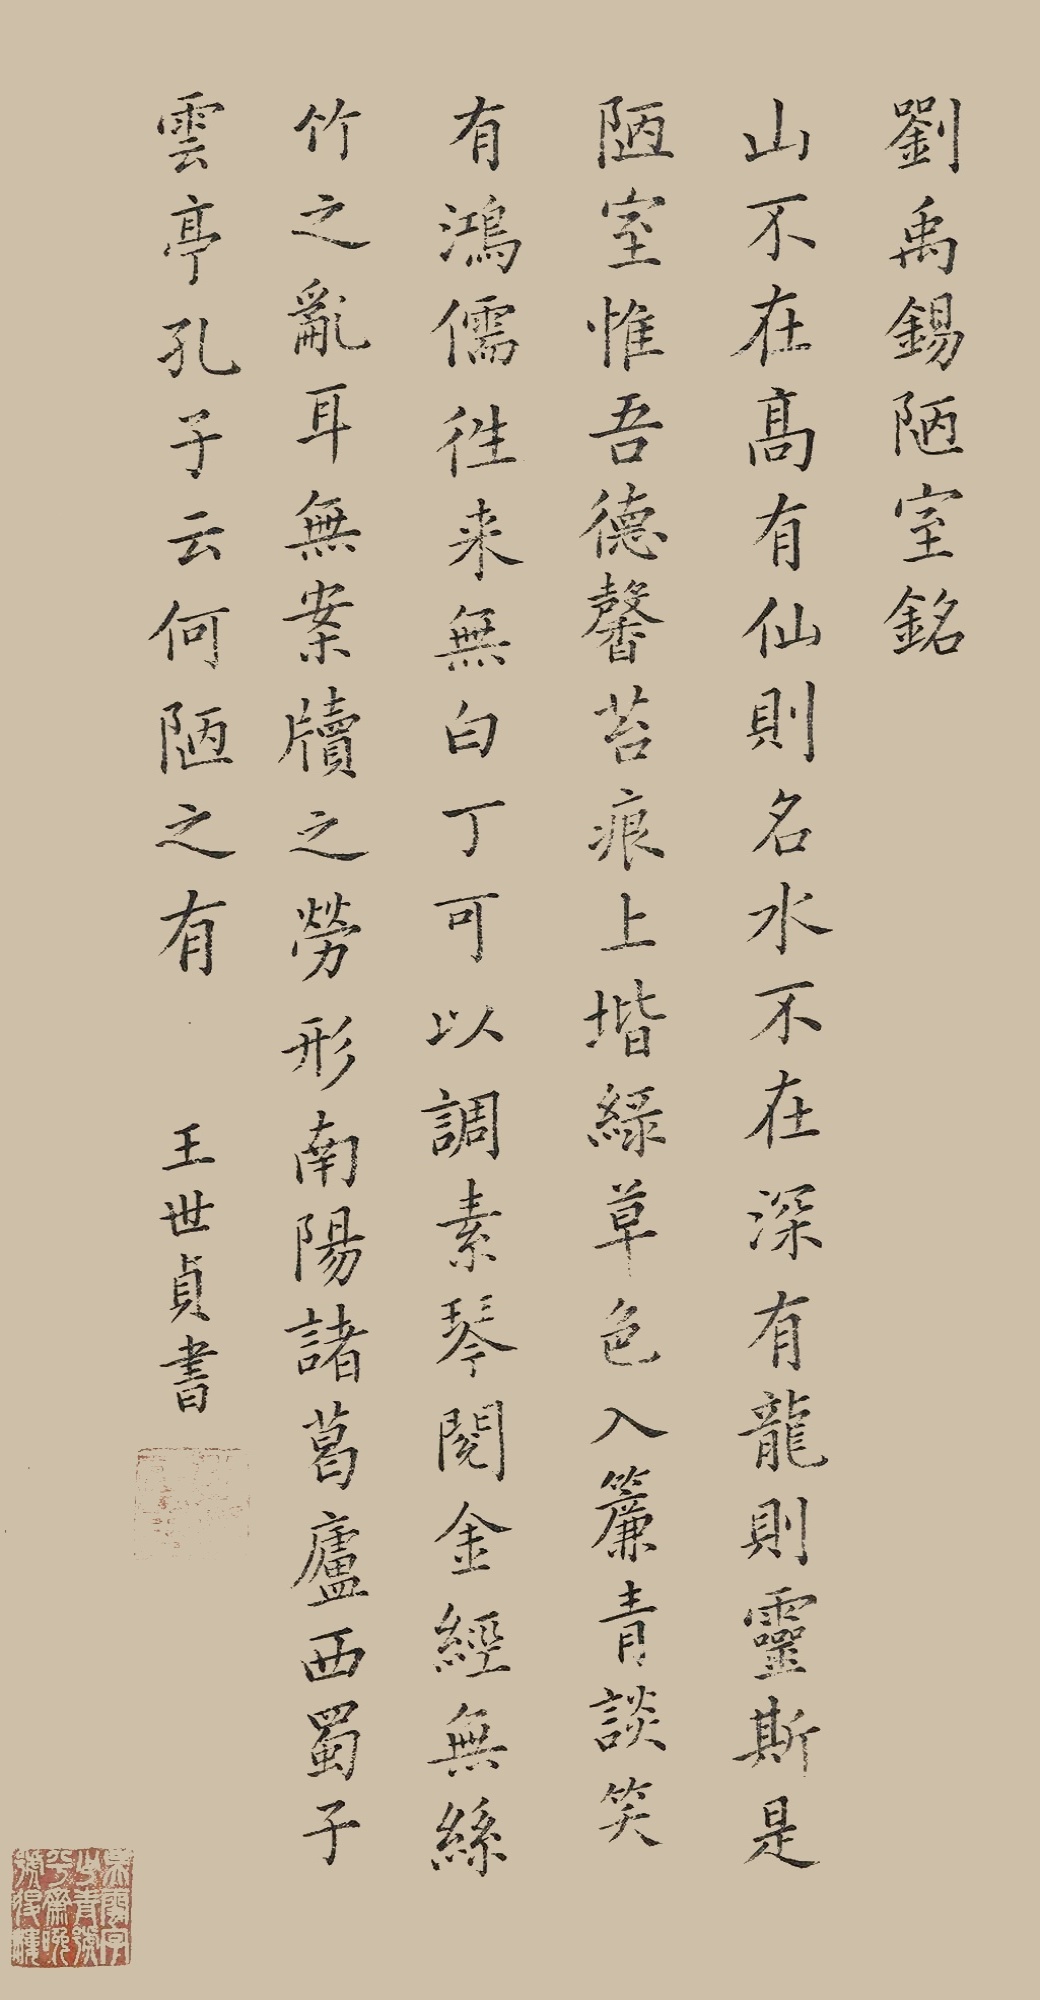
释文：刘禹锡陋室铭，山不在高，有仙则名。水不在深，有龙则灵。斯是陋室，惟吾德馨。苔痕上阶绿，草色入帘青。谈笑有鸿儒，往来无白丁。可以调素琴，阅金经。无丝竹之乱耳，无案牍之劳形。南阳诸葛庐，西蜀子云亭。孔子云：何陋之有？王世贞书。